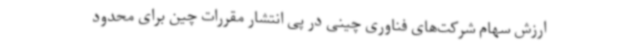
ارزش سهام شرکت‌های فناوری چینی در پی انتشار مقررات چین برای محدود